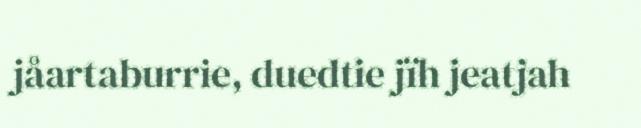
jåartaburrie, duedtie jïh jeatjah